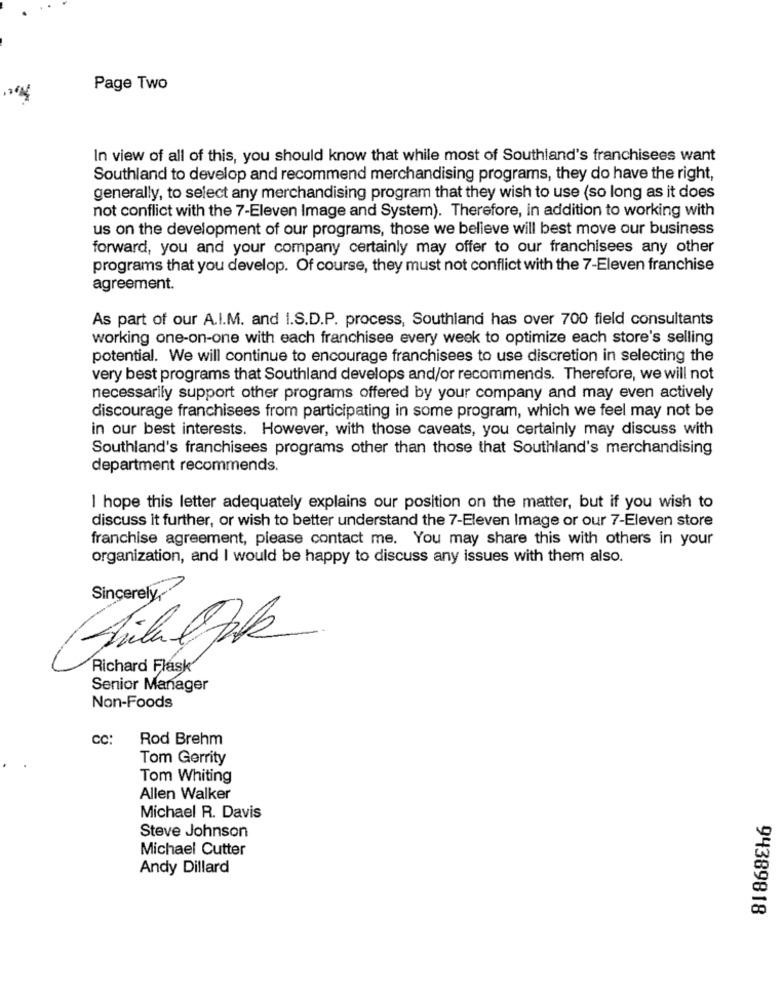
Page Two
In view of all of this, you should know that while most of Southland's franchisees want
Southland to develop and recommend merchandising programs, they do have the right,
generally, to select any merchandising program that they wish to use (so long as it does
not conflict with the 7-Eleven Image and System). Therefore, in addition to working with
us on the development of our programs, those we believe will best move our business
forward, you and your company certainly may offer to our franchisees any other
programs that you develop. Of course, they must not conflict with the 7-Eleven franchise
agreement.
As part of our A.I.M. and I.S.D.P. process, Southland has over 700 field consultants
working one-on-one with each franchisee every week to optimize each store's selling
potential. We will continue to encourage franchisees to use discretion in selecting the
very best programs that Southland develops and/or recommends. Therefore, we will not
necessarily support other programs offered by your company and may even actively
discourage franchisees from participating in some program, which we feel may not be
in our best interests. However, with those caveats, you certainly may discuss with
Southland's franchisees programs other than those that Southland's merchandising
department recommends.
I hope this letter adequately explains our position on the matter, but if you wish to
discuss it further, or wish to better understand the 7-Eleven Image or our 7-Eleven store
franchise agreement, please contact me. You may share this with others in your
organization, and I would be happy to discuss any issues with them also.
Sincerely,
Richard Flask
Senior Manager
Non-Foods
CC:
Rod Brehm
Tom Gerrity
Tom Whiting
Allen Walker
Michael R. Davis
Steve Johnson
Michael Cutter
Andy Dillard
94389818